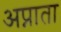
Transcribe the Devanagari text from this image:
अप्नाता